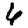
Digit: 6